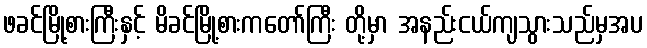
ဖခင်မြို့စားကြီးနှင့် မိခင်မြို့စားကတော်ကြီး တို့မှာ အနည်းငယ်ကျသွားသည်မှအပ